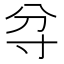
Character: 𱚝